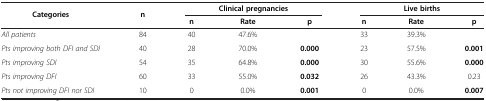
<table><thead><tr><td rowspan="2"><b>Categories</b></td><td rowspan="2"><b>n</b></td><td colspan="3"><b>Clinical pregnancies</b></td><td colspan="3"><b>Live births</b></td></tr><tr><td><b>n</b></td><td><b>Rate</b></td><td><b>p</b></td><td><b>n</b></td><td><b>Rate</b></td><td><b>p</b></td></tr></thead><tbody><tr><td><i>All patients</i></td><td>84</td><td>40</td><td>47.6%</td><td> </td><td>33</td><td>39.3%</td><td> </td></tr><tr><td><i>Pts improving both DFI and SDI</i></td><td>40</td><td>28</td><td>70.0%</td><td><b>0.000</b></td><td>23</td><td>57.5%</td><td><b>0.001</b></td></tr><tr><td><i>Pts improving SDI</i></td><td>54</td><td>35</td><td>64.8%</td><td><b>0.000</b></td><td>30</td><td>55.6%</td><td><b>0.000</b></td></tr><tr><td><i>Pts improving DFI</i></td><td>60</td><td>33</td><td>55.0%</td><td><b>0.032</b></td><td>26</td><td>43.3%</td><td>0.23</td></tr><tr><td><i>Pts not improving DFI nor SDI</i></td><td>10</td><td>0</td><td>0.0%</td><td><b>0.001</b></td><td>0</td><td>0.0%</td><td><b>0.007</b></td></tr></tbody></table>